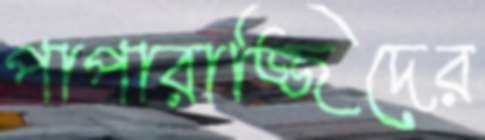
পাপারাজ্জিদের